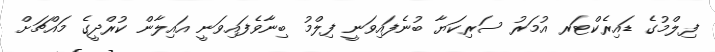
ފިލްމުގެ ޑައިރެކްޓަރ އުމަރު ސަރިކަޔާ ބުނެފައިވަނީ ފިލްމު ބިނާވެފައިވަނީ އައިލާން ކުރްދީގެ މައްޗަށް